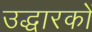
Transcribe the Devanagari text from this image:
उद्धारकों